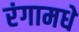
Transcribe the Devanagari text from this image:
रंगामधे